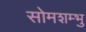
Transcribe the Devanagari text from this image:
सोमशम्भु